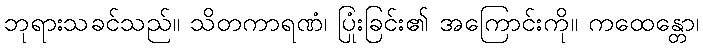
ဘုရားသခင်သည်။ သိတကာရဏံ၊ ပြုံးခြင်း၏ အကြောင်းကို။ ကထေန္တော၊